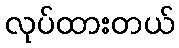
လုပ်ထားတယ်